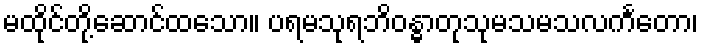
မထိုင်တို့ဆောင်ထသော။ ပရမသုရဘိဝန္ဓာတုသုမသမသလင်္ကတော၊